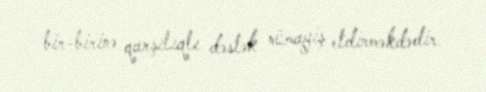
bir-birinə qarşılıqlı dəstək nümayiş etdirməkdədir.